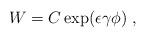
LaTeX: \begin{align*} W=C\exp(\epsilon\gamma\phi)~,\end{align*}